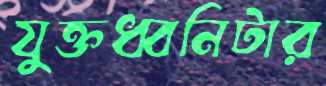
যুক্তধ্বনিটার